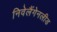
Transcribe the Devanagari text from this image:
निवेलैंगेनलीड